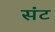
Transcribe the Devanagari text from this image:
संट